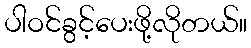
ပါဝင်ခွင့်ပေးဖို့လိုတယ်။